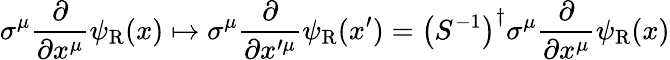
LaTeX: \sigma^{\mu}{\frac{\partial}{\partial x^{\mu}}}\psi_{\mathrm{{R}}}(x)\mapsto\sigma^{\mu}{\frac{\partial}{\partial x^{\prime\mu}}}\psi_{\mathrm{{R}}}(x^{\prime})=\left(S^{-1}\right)^{\dagger}\sigma^{\mu}{\frac{\partial}{\partial x^{\mu}}}\psi_{\mathrm{{R}}}(x)